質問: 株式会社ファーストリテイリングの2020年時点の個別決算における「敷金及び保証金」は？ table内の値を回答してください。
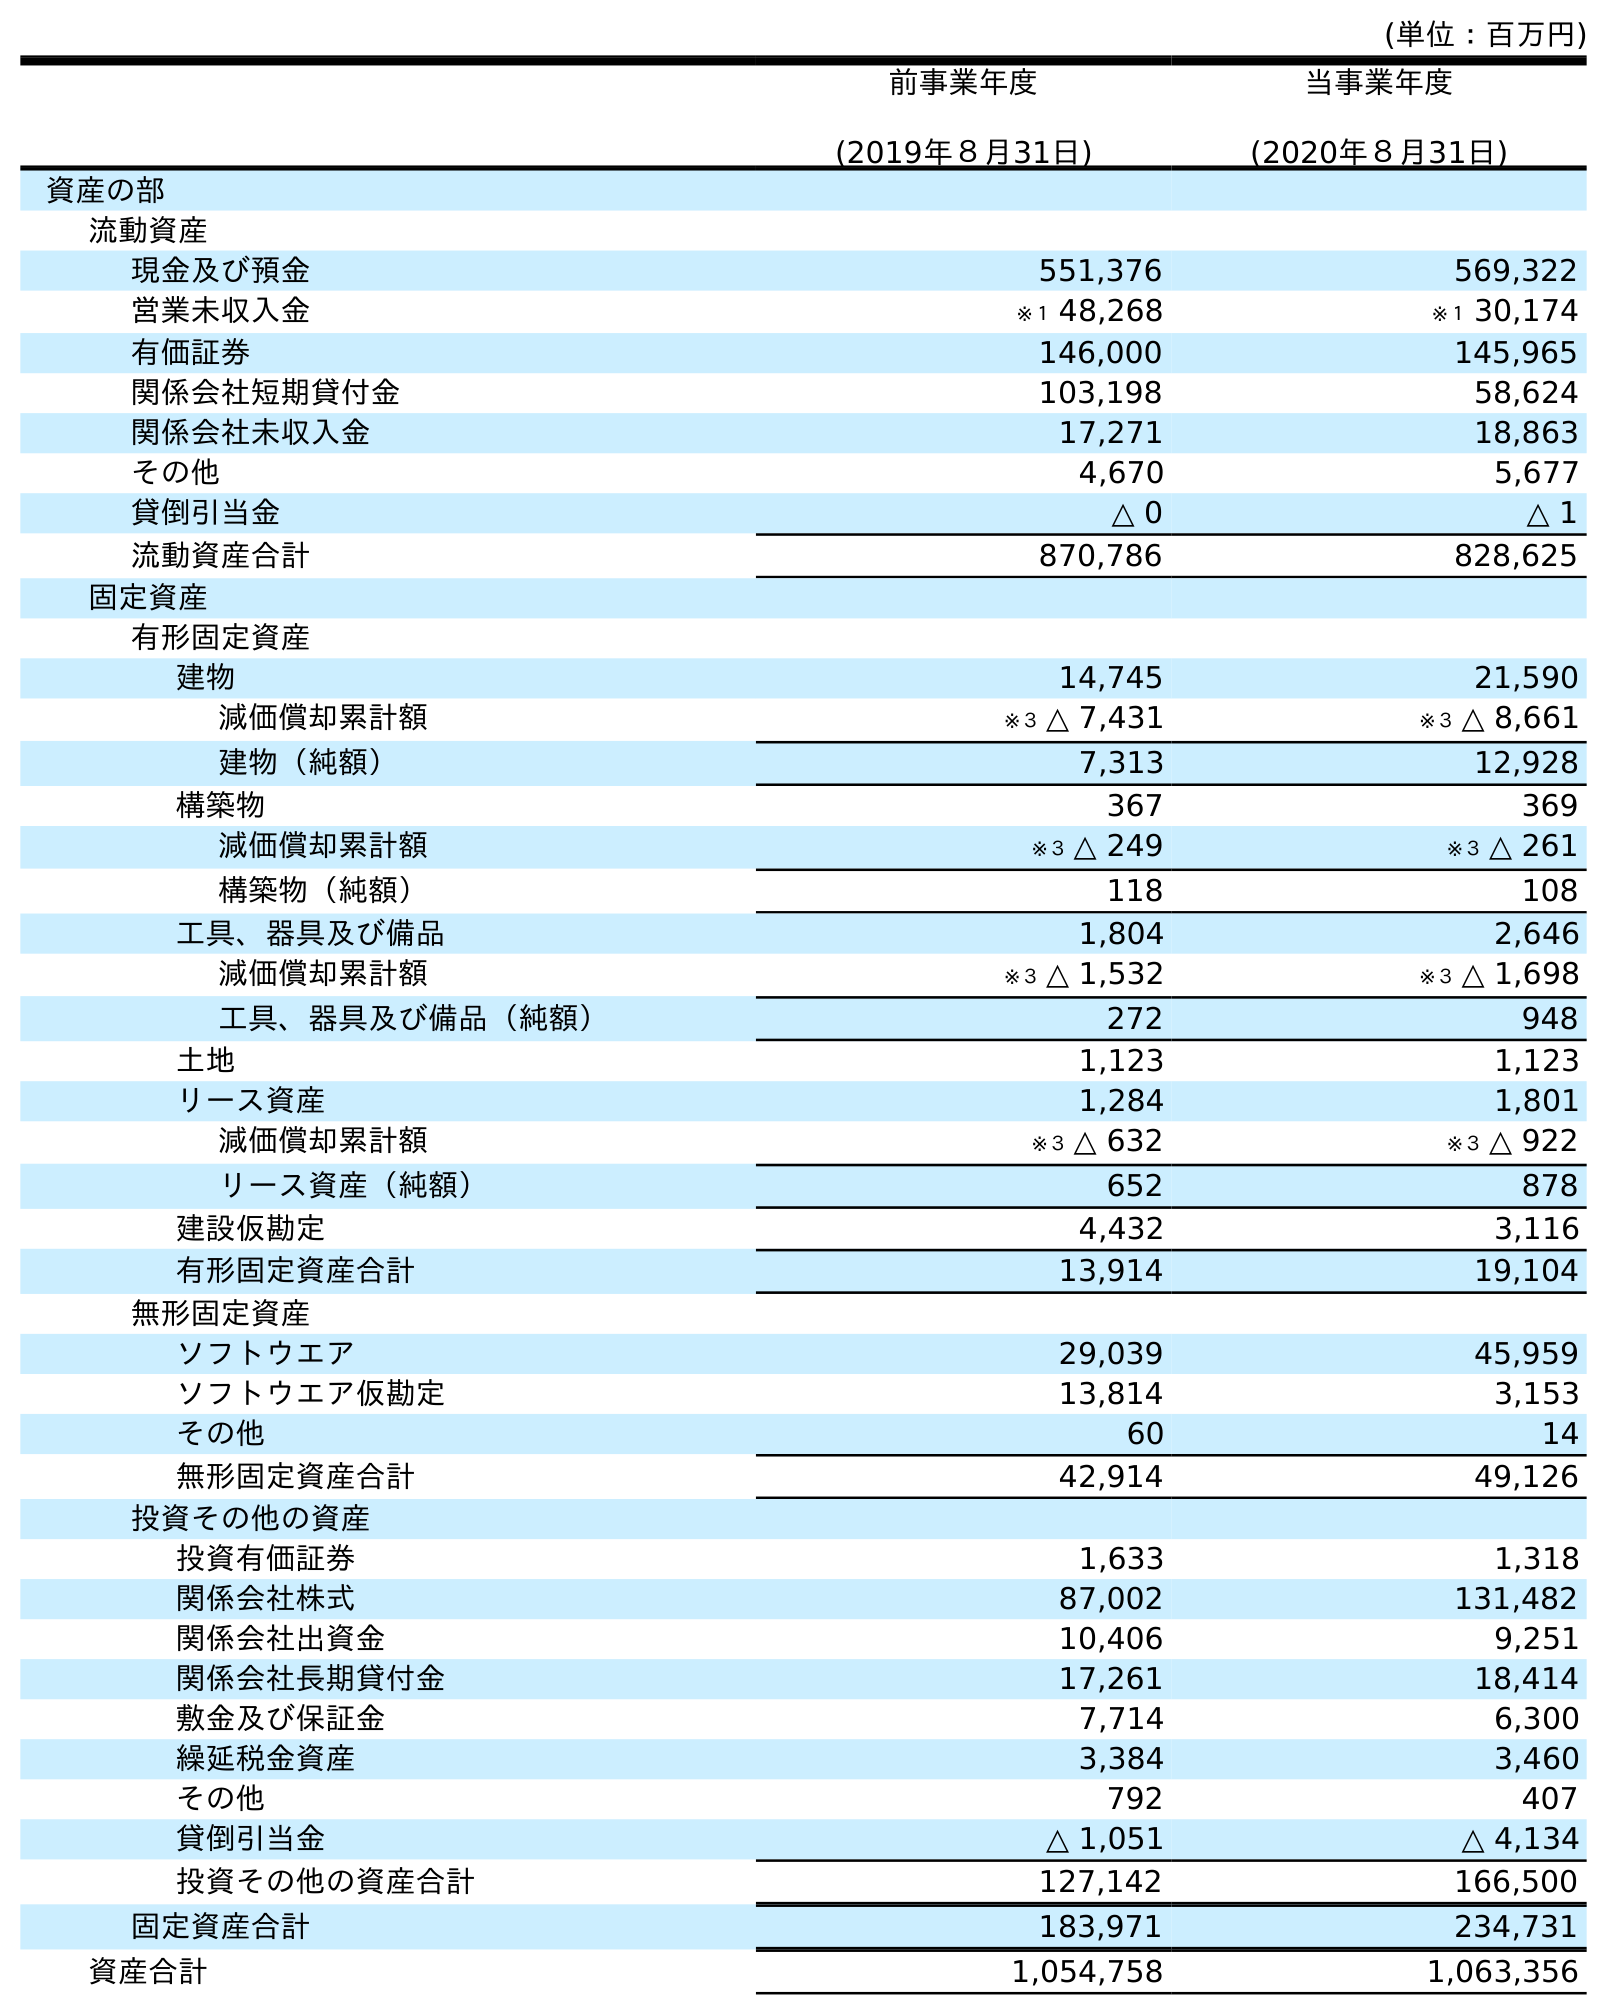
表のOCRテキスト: (単位：百万円) 前事業年度 (2019年８月31日) 当事業年度 (2020年８月31日) 資産の部 流動資産 現金及び預金 551,376 569,322 営業未収入金 ※１ 48,268 ※１ 30,174 有価証券 146,000 145,965 関係会社短期貸付金 103,198 58,624 関係会社未収入金 17,271 18,863 その他 4,670 5,677 貸倒引当金 △ 0 △ 1 流動資産合計 870,786 828,625 固定資産 有形固定資産 建物 14,745 21,590 減価償却累計額 ※３ △ 7,431 ※３ △ 8,661 建物（純額） 7,313 12,928 構築物 367 369 減価償却累計額 ※３ △ 249 ※３ △ 261 構築物（純額） 118 108 工具、器具及び備品 1,804 2,646 減価償却累計額 ※３ △ 1,532 ※３ △ 1,698 工具、器具及び備品（純額） 272 948 土地 1,123 1,123 リース資産 1,284 1,801 減価償却累計額 ※３ △ 632 ※３ △ 922 リース資産（純額） 652 878 建設仮勘定 4,432 3,116 有形固定資産合計 13,914 19,104 無形固定資産 ソフトウエア 29,039 45,959 ソフトウエア仮勘定 13,814 3,153 その他 60 14 無形固定資産合計 42,914 49,126 投資その他の資産 投資有価証券 1,633 1,318 関係会社株式 87,002 131,482 関係会社出資金 10,406 9,251 関係会社長期貸付金 17,261 18,414 敷金及び保証金 7,714 6,300 繰延税金資産 3,384 3,460 その他 792 407 貸倒引当金 △ 1,051 △ 4,134 投資その他の資産合計 127,142 166,500 固定資産合計 183,971 234,731 資産合計 1,054,758 1,063,356
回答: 6,300